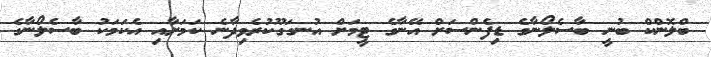
ބްލޮންކް ބުނީ ބާސެލޯނާގެ ޑިފެންސަށް އޭނާގެ ޓީމަށް އުނގަގޫކުރެވިދާނެ ކަމަށާއި އެކަމަކު ބާސެލޯނާގެ